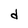
Character: d